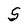
Character: S